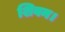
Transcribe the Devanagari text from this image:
शिवन।